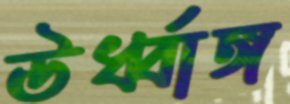
ঊর্ধ্বাঙ্গ